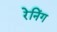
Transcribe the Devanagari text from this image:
रेनिंग